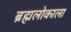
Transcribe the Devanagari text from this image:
ब्रह्मलोकाला